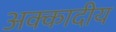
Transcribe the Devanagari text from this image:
अक्कादीय